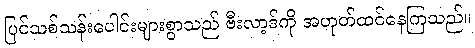
ပြင်သစ်သန်းပေါင်းများစွာသည် ဗီးလာ့ဒ်ကို အဟုတ်ထင်နေကြသည်။